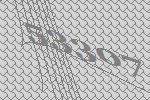
53307